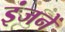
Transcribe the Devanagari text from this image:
इंजनें